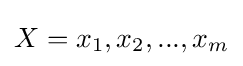
X=x_{1},x_{2},...,x_{m}